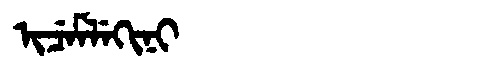
Manchu: ᡳᠴᡝᠮᠯᡝᡴᡳᠨᡳ
Romanization: ICEMLEKINI